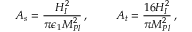
A _ { s } = { \frac { H _ { I } ^ { 2 } } { \pi \epsilon _ { 1 } M _ { P l } ^ { 2 } } } \, , \ \ \ \ \ \ \ A _ { t } = { \frac { 1 6 H _ { I } ^ { 2 } } { \pi M _ { P l } ^ { 2 } } } \, ,